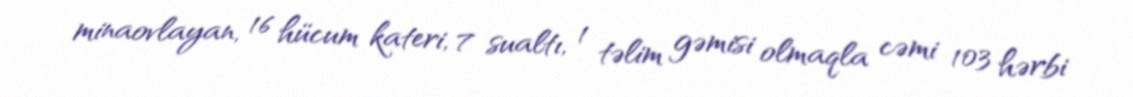
minaovlayan, 16 hücum kateri, 7 sualtı, 1 təlim gəmisi olmaqla cəmi 103 hərbi